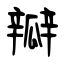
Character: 瓣